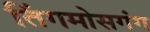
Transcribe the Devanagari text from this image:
तिंगमोसगंग